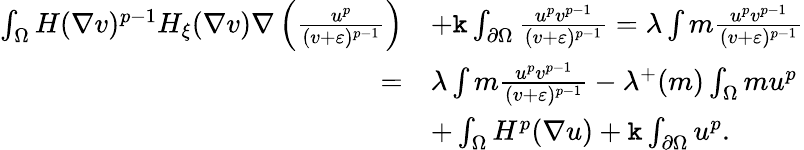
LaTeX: \begin{array}{rl}{\int_{\Omega}H(\nabla v)^{p-1}H_{\xi}(\nabla v)\nabla\left(\frac{u^{p}}{(v+\varepsilon)^{p-1}}\right)}&{+\mathtt k\int_{\partial\Omega}\frac{u^{p}v^{p-1}}{(v+\varepsilon)^{p-1}}=\lambda\int m\frac{u^{p}v^{p-1}}{(v+\varepsilon)^{p-1}}}\\ {=}&{\lambda\int m\frac{u^{p}v^{p-1}}{(v+\varepsilon)^{p-1}}-\lambda^{+}(m)\int_{\Omega}mu^{p}}\\ &{+\int_{\Omega}H^{p}(\nabla u)+\mathtt k\int_{\partial\Omega}u^{p}.}\end{array}